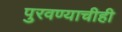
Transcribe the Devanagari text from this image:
पुरवण्याचीही